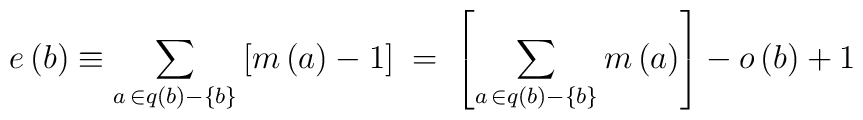
e\left( b\right) \equiv \sum_{a\,\in q\left( b\right)-\left\{ b\right\} }\left[ m\left( a\right) -1\right] \;=\;\left[\sum_{a\,\in q\left( b\right) -\left\{ b\right\} }m\left( a\right) \right]-o\left( b\right) +1